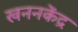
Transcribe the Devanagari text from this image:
खननकेंद्र